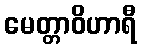
မေတ္တာဝိဟာရီ